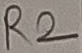
Text: R2